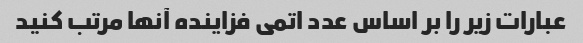
عبارات زیر را بر اساس عدد اتمی فزاینده آنها مرتب کنید